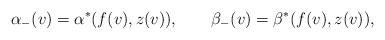
\begin{align*} \alpha_-(v)=\alpha^\ast(f(v),z(v)),\qquad\beta_-(v)=\beta^\ast(f(v),z(v)),\end{align*}